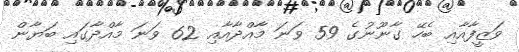
ވަޒީފާއާއި ބެހޭ ގާނޫނުގެ 59 ވަނަ މާއްދާއާއި 62 ވަނަ މާއްދާގައި ބަޔާން